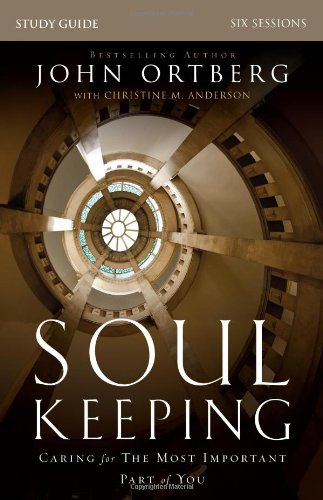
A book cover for Soul Keeping Study Guide: Caring for the Most Important Part of You; John Ortberg; Christian Books & Bibles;